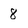
Character: 8